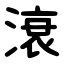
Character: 滖